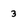
Character: 3